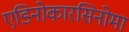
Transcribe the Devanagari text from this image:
एडिनोकारसिनोमा